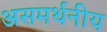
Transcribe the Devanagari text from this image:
असमर्थनीय